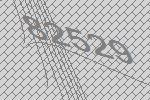
82529